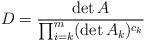
LaTeX: \begin{align*} D = \frac{\det A}{\prod_{i=k}^m (\det A_k)^{c_k}} \end{align*}